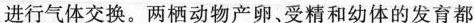
进行气体交换。两栖动物产卵、受精和幼体的发育都